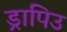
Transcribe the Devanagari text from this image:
ड्रापिउ